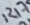
Text: R17